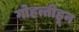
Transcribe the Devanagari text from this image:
गोहत्तीहून